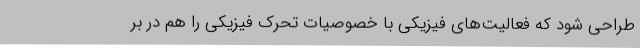
طراحی شود که فعالیت‌های فیزیکی با خصوصیات تحرک فیزیکی را هم در بر